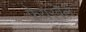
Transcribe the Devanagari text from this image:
फ़ेयरवेल